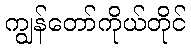
ကျွန်တော်ကိုယ်တိုင်